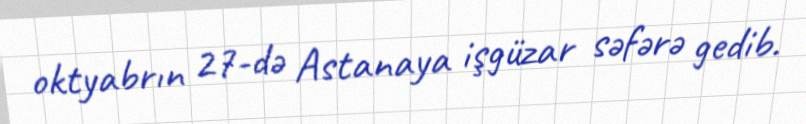
oktyabrın 27-də Astanaya işgüzar səfərə gedib.